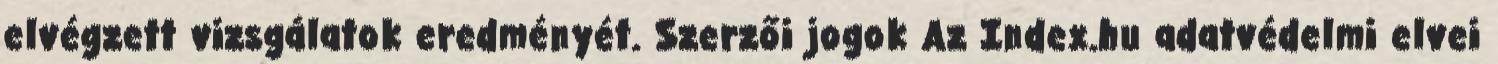
elvégzett vizsgálatok eredményét. Szerzői jogok Az Index.hu adatvédelmi elvei